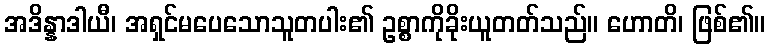
အဒိန္နာဒါယီ၊ အရှင်မပေသောသူတပါး၏ ဥစ္စာကိုခိုးယူတတ်သည်။ ဟောတိ၊ ဖြစ်၏။